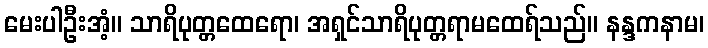
မေးပါဦးအံ့။ သာရိပုတ္တထေရော၊ အရှင်သာရိပုတ္တရာမထေရ်သည်။ နန္ဒကနာမ၊